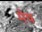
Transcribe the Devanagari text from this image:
मेेष